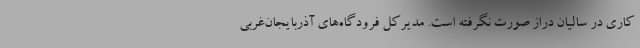
کاری در سالیان دراز صورت نگرفته است. مدیرکل فرودگاه‌های آذربایجان‌غربی